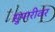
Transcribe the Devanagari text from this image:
सुपारीवर